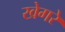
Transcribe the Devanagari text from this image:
खेगरे